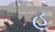
હૂ